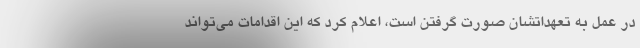
در عمل به تعهداتشان صورت گرفتن است، اعلام کرد که این اقدامات می‌تواند